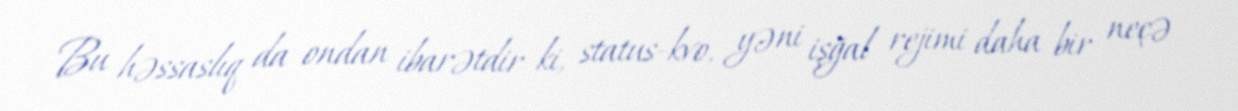
Bu həssaslıq da ondan ibarətdir ki, status-kvo, yəni işğal rejimi daha bir neçə